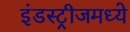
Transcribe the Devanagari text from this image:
इंडस्ट्रीजमध्ये